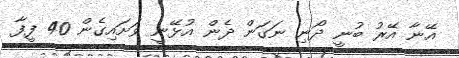
އޭނާ އޭރު ބުނީ ދޯނި ނަގަން ދެން އުޅޭނީ ވަށައިގެން 40 ފީފާ